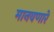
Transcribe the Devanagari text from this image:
मानवणारे